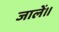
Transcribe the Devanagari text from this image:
जालें॥